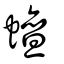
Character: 蟺